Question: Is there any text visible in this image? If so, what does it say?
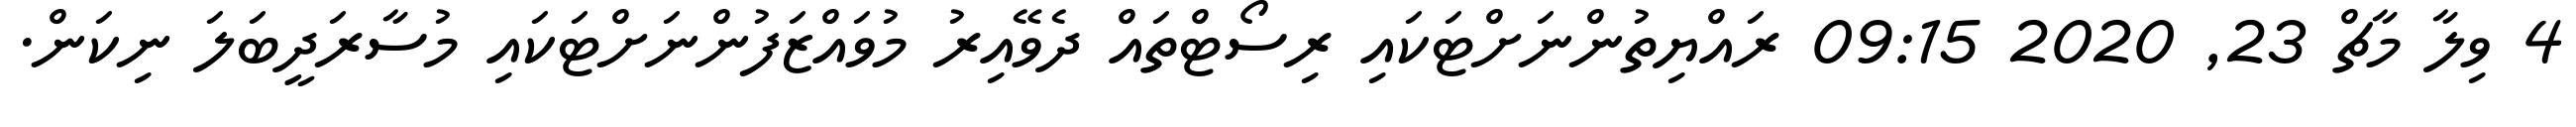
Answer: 4 ވިލާ މާޗް 23, 2020 09:15 ރައްޔިތުންނަށްޓަކައި ރިސޯޓްތައް ދެވޭއިރު މުވައްޒަފުންނަށްޓަކައި މުސާރަދީބަލަ ނިކަން.